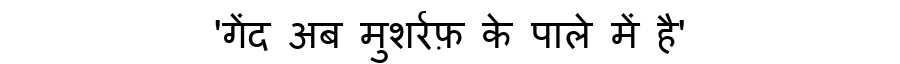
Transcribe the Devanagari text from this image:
'गेंद अब मुशर्रफ़ के पाले में है'